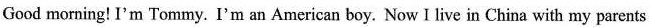
Good morning! I'm Tommy. I'm an American boy. Now I live in China with my parents